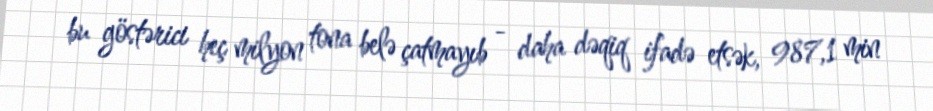
bu göstərici heç milyon tona belə çatmayıb - daha dəqiq ifadə etsək, 987,1 min